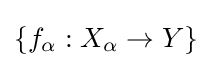
\{f_{\alpha }:X_{\alpha }\to Y\}